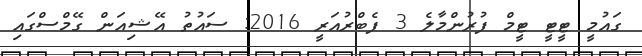
ގައުމީ ޓީޓީ ޓީމް ފުރުންމާލެ 3 ފެބްރުއަރީ 2016: ސައުތު އޭޝިއަން ގޭމްސްގައި